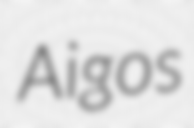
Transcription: Aigos